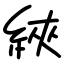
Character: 綊